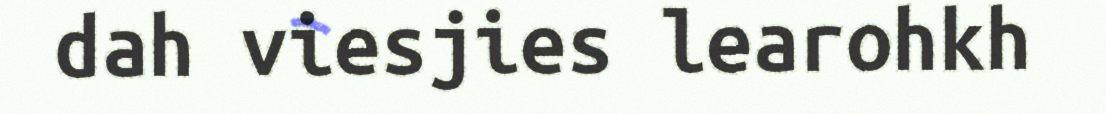
dah viesjies learohkh